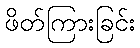
ဖိတ်ကြားခြင်း